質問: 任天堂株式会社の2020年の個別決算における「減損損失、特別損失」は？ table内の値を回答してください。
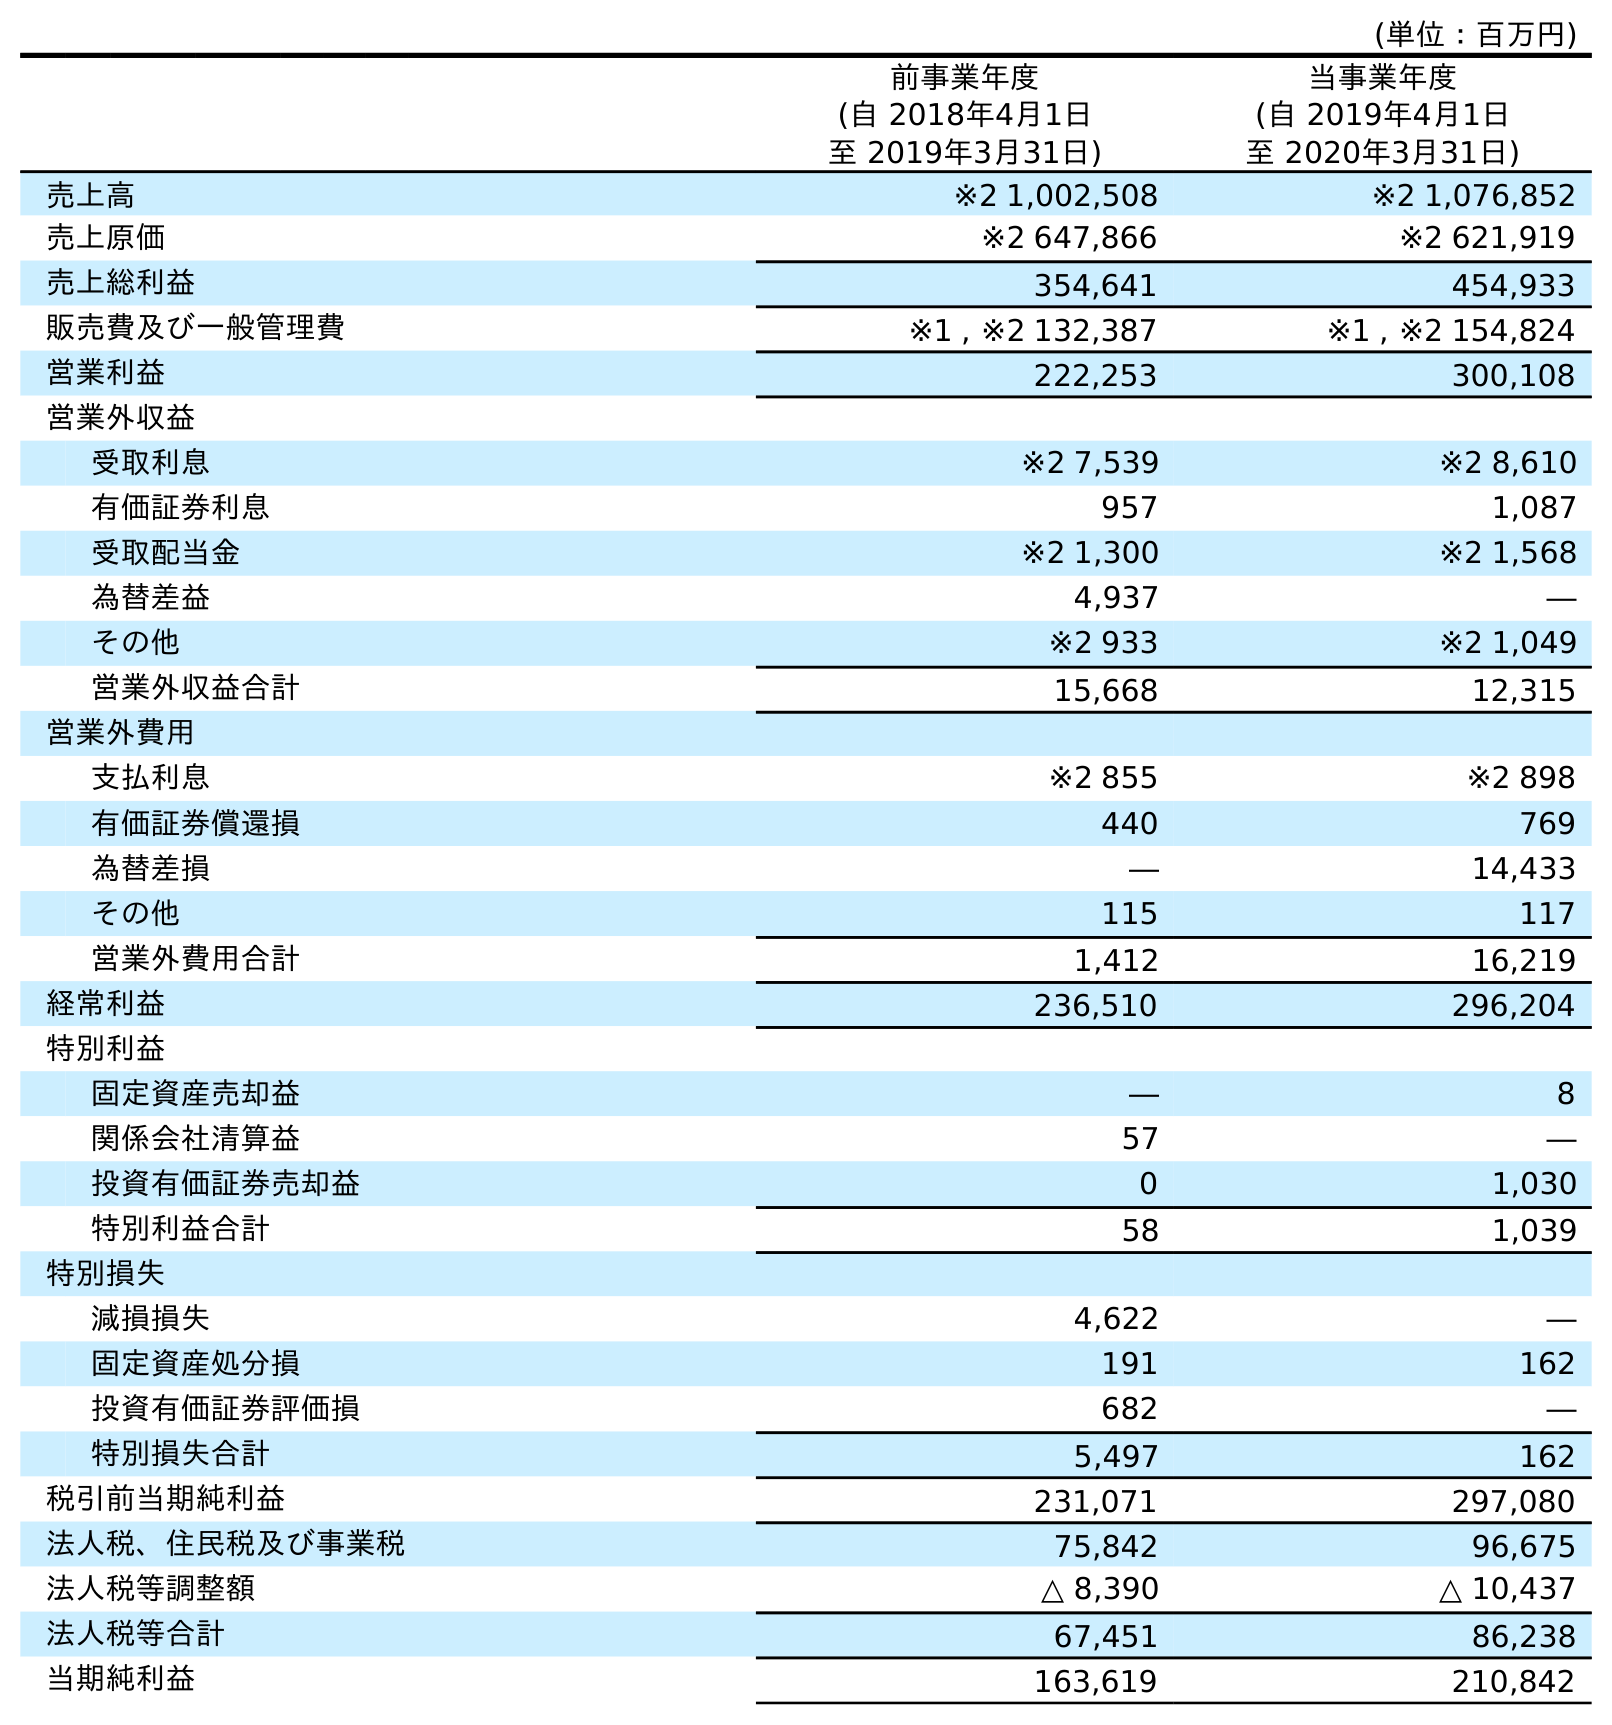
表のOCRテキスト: (単位：百万円) 前事業年度 (自 2018年4月1日 至 2019年3月31日) 当事業年度 (自 2019年4月1日 至 2020年3月31日) 売上高 ※2 1,002,508 ※2 1,076,852 売上原価 ※2 647,866 ※2 621,919 売上総利益 354,641 454,933 販売費及び一般管理費 ※1 , ※2 132,387 ※1 , ※2 154,824 営業利益 222,253 300,108 営業外収益 受取利息 ※2 7,539 ※2 8,610 有価証券利息 957 1,087 受取配当金 ※2 1,300 ※2 1,568 為替差益 4,937 ― その他 ※2 933 ※2 1,049 営業外収益合計 15,668 12,315 営業外費用 支払利息 ※2 855 ※2 898 有価証券償還損 440 769 為替差損 ― 14,433 その他 115 117 営業外費用合計 1,412 16,219 経常利益 236,510 296,204 特別利益 固定資産売却益 ― 8 関係会社清算益 57 ― 投資有価証券売却益 0 1,030 特別利益合計 58 1,039 特別損失 減損損失 4,622 ― 固定資産処分損 191 162 投資有価証券評価損 682 ― 特別損失合計 5,497 162 税引前当期純利益 231,071 297,080 法人税、住民税及び事業税 75,842 96,675 法人税等調整額 △ 8,390 △ 10,437 法人税等合計 67,451 86,238 当期純利益 163,619 210,842
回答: ―